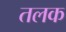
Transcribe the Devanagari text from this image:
तलक